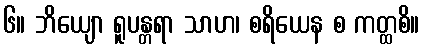
၆။ ဘိယျော ရူပန္တရာ သာဟ၊ စရိယေန စ ကတ္ထစိ။